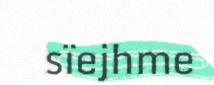
sïejhme